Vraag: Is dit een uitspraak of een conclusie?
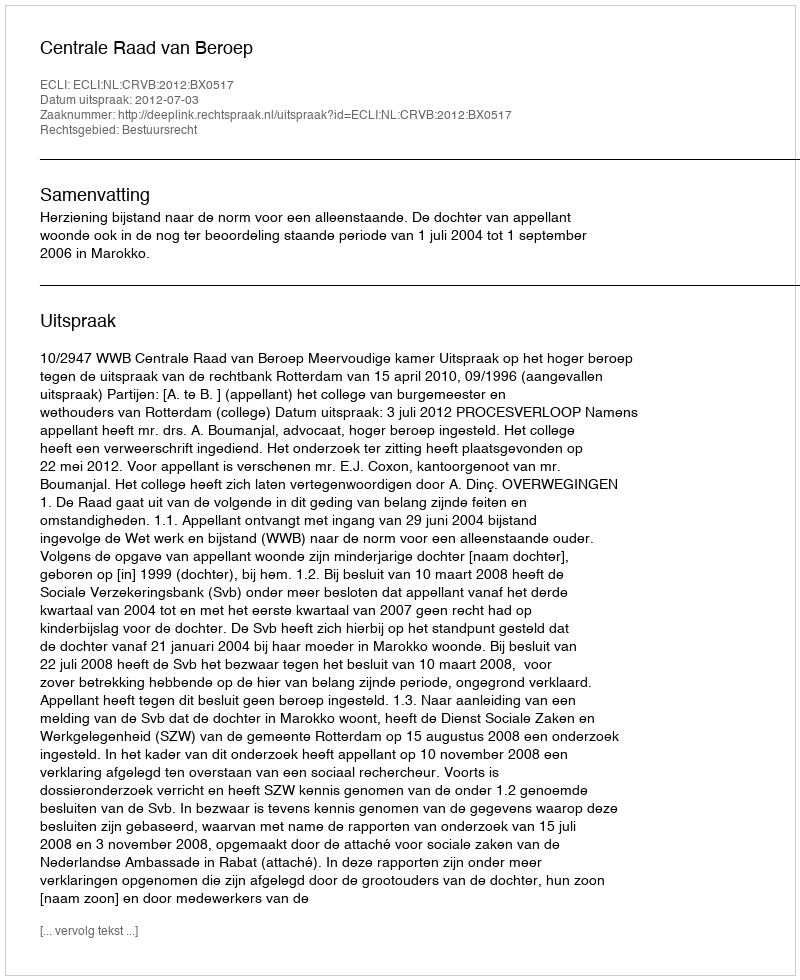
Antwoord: Uitspraak